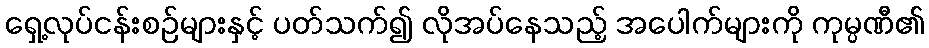
ရှေ့လုပ်ငန်းစဉ်များနှင့် ပတ်သက်၍ လိုအပ်နေသည့် အပေါက်များကို ကုမ္ပဏီ၏